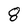
Character: 8